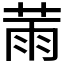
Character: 𦲸